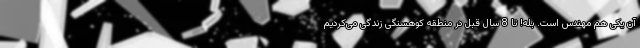
آن یکی هم مهندس است. بله! تا 8 سال قبل در منطقه کوهسنگی زندگی می‌کردیم